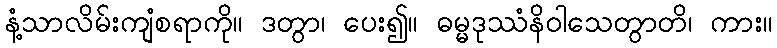
နံ့သာလိမ်းကျံစရာကို။ ဒတွာ၊ ပေး၍။ ဓမ္မဒုဿံနိဝါသေတွာတိ၊ ကား။